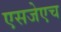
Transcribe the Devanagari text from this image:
एसजेएच